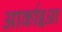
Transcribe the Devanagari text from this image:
आर्काइआ